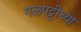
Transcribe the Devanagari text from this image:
गळपट्टीच्या